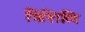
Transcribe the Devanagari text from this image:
त्रिशिखि